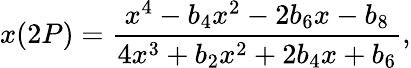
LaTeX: x(2P)=\frac{x^{4}-b_{4}x^{2}-2b_{6}x-b_{8}}{4x^{3}+b_{2}x^{2}+2b_{4}x+b_{6}},